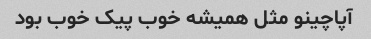
آپاچینو مثل همیشه خوب پیک خوب بود